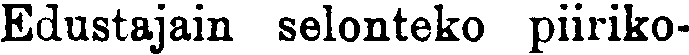
Edustajain selonteko piiriko-